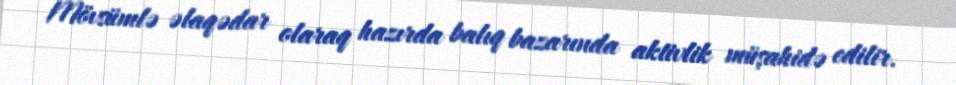
Mövsümlə əlaqədar olaraq hazırda balıq bazarında aktivlik müşahidə edilir.